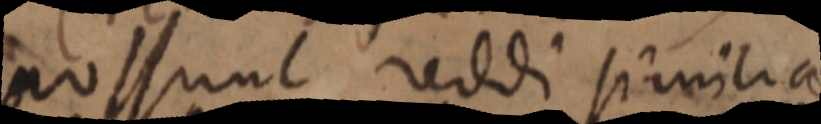
possunt reddi similia